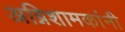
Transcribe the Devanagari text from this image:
अग्निशामकांनी